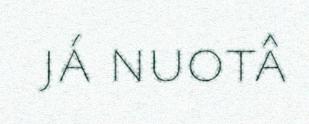
já nuotâ